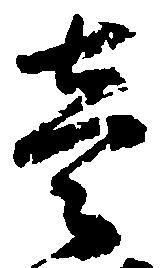
壱